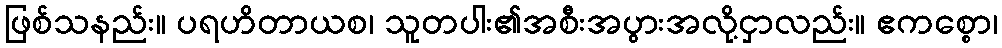
ဖြစ်သနည်း။ ပရဟိတာယစ၊ သူတပါး၏အစီးအပွားအလို့ငှာလည်း။ ဧကစ္စော၊